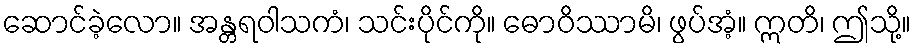
ဆောင်ခဲ့လော။ အန္တရဝါသကံ၊ သင်းပိုင်ကို။ ဓောဝိဿာမိ၊ ဖွပ်အံ့။ ဣတိ၊ ဤသို့။